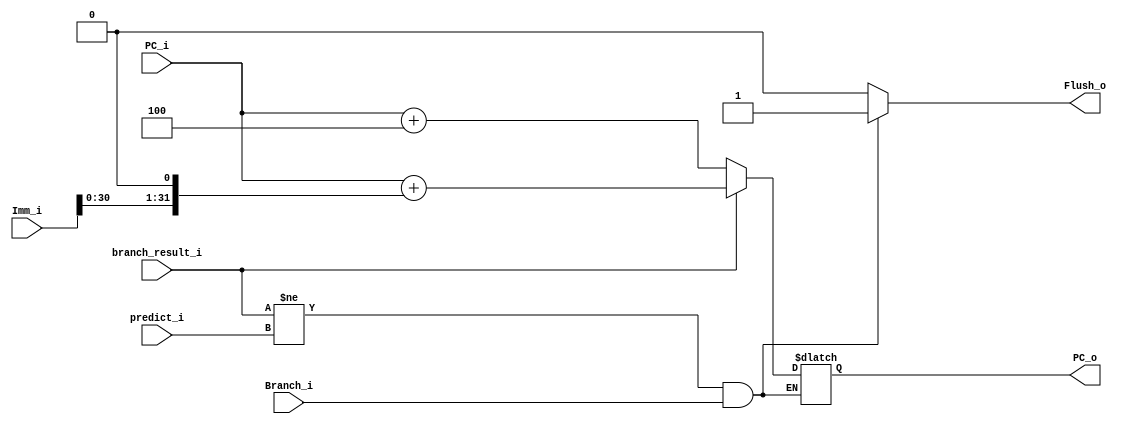
module  branch_check
(
    Branch_i,
    branch_result_i,
    predict_i,
    Imm_i,
    PC_i,
    Flush_o,
    PC_o
);

input           Branch_i;
input           branch_result_i;
input           predict_i;
input   [31:0]  Imm_i;
input   [31:0]  PC_i;
output          Flush_o;
output  [31:0]  PC_o;

reg     Flush_o;
reg     PC_o;

always@(Branch_i or branch_result_i or predict_i)begin
    Flush_o = 1'b0;
    if(branch_result_i != predict_i && Branch_i)begin
        Flush_o = 1'b1;

        if(branch_result_i)begin
            PC_o = PC_i + (Imm_i << 1); //taken
        end
        else begin
            PC_o = PC_i + 4;    //not taken
        end
    end
end

endmodule